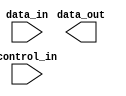
`timescale 1ns / 1ps
//////////////////////////////////////////////////////////////////////////////////
// Company: 
// Engineer: 
// 
// Design Name: 
// Module Name: DMux4Way
// Project Name: 
// Target Devices: 
// Tool Versions: 
// Description: 
// 
// Dependencies: 
// 
// Revision:
// Revision 0.01 - File Created
// Additional Comments:
// 
//////////////////////////////////////////////////////////////////////////////////


module DMux4Way(
    input data_in,
    input [1:0] control_in,
    output [3:0] data_out
    );
endmodule